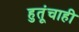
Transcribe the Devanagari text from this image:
हुतूंचाही